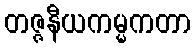
တဇ္ဇနီယကမ္မကတာ